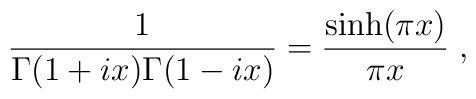
{1 \over \Gamma(1 + i x) \Gamma(1 - i x)} = {\sinh(\pi x) \over \pi x} \; ,